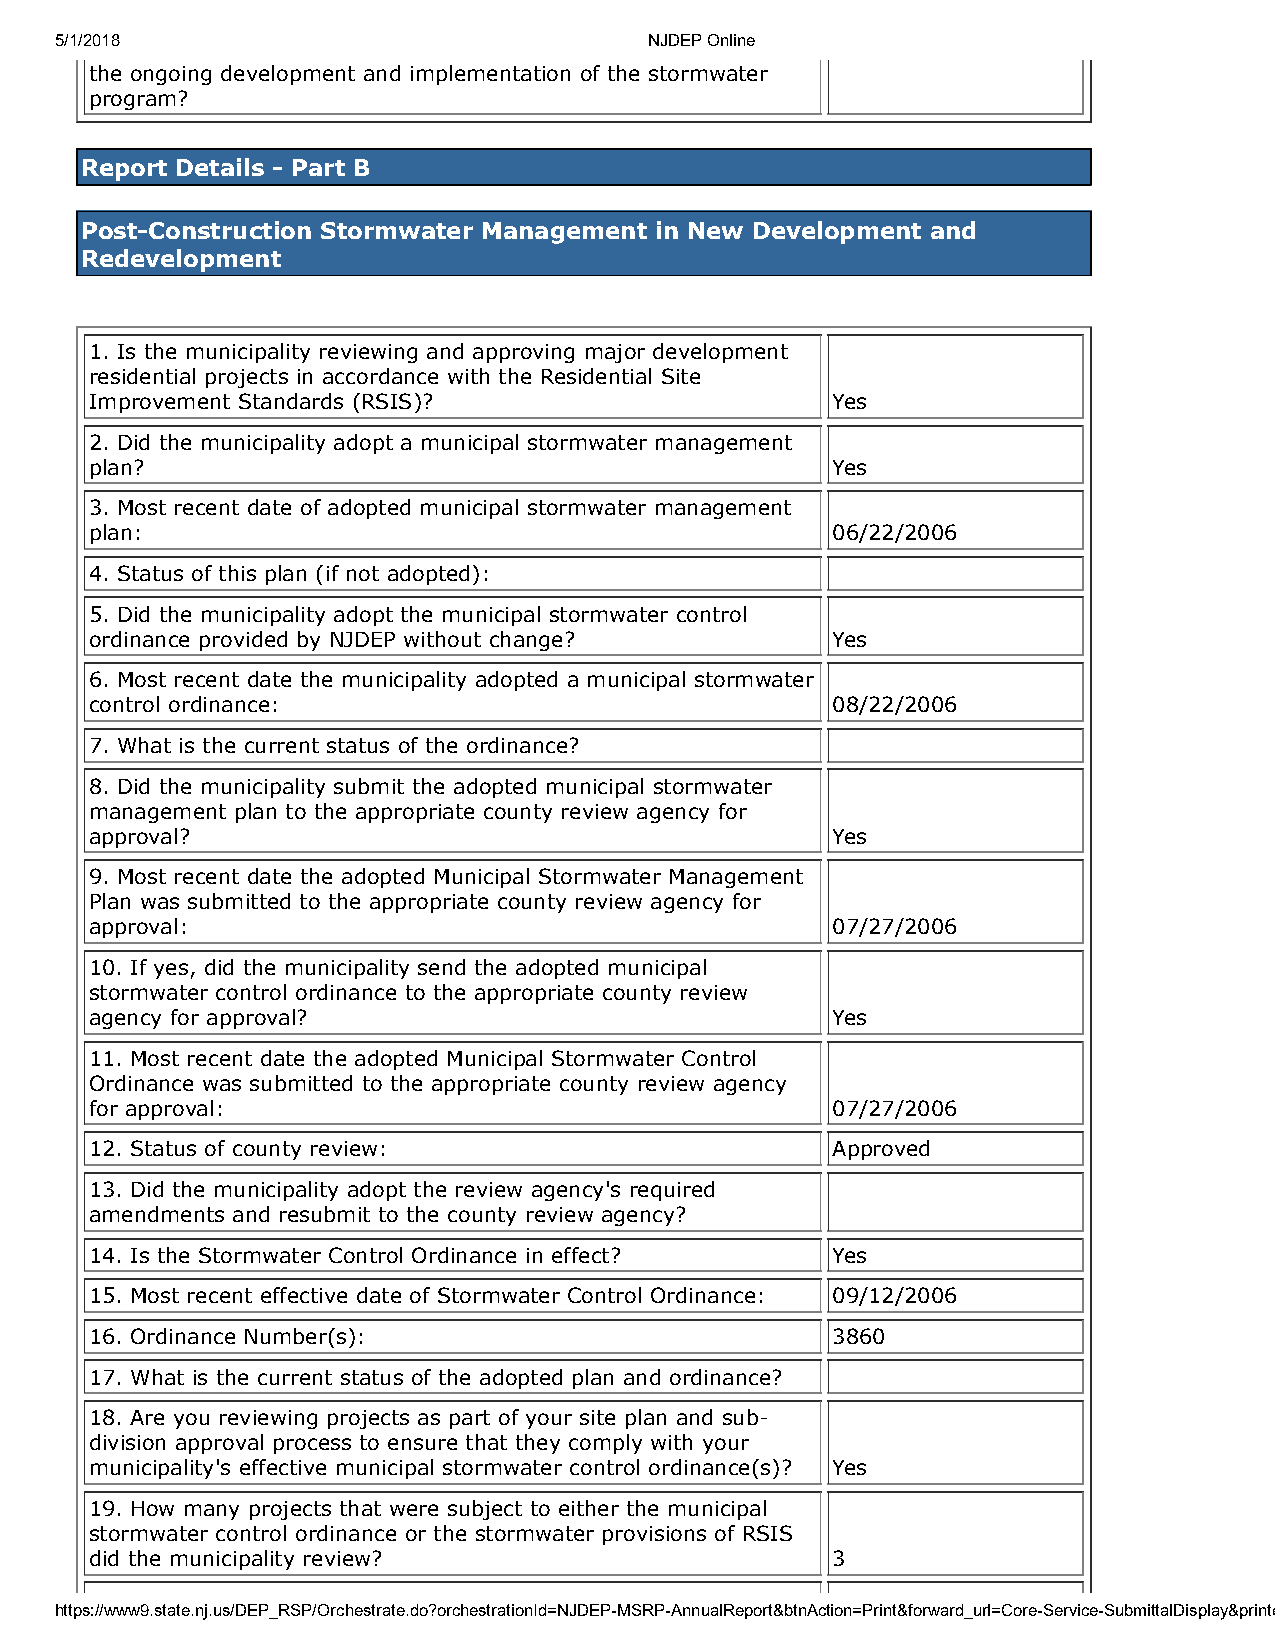
5/1/2018                               NJDEP Online
 the ongoing development and implementation of the stormwater
 program?
 Report Details - Part B
 Post-Construction Stormwater Management in New Development and
 Redevelopment
 1. Is the municipality reviewing and approving major development
 residential projects in accordance with the Residential Site
 Improvement Standards (RSIS)?                    Yes
 2. Did the municipality adopt a municipal stormwater management
 plan?                                            Yes
 3. Most recent date of adopted municipal stormwater management
 plan:                                            06/22/2006
 4. Status of this plan (if not adopted):
 5. Did the municipality adopt the municipal stormwater control
 ordinance provided by NJDEP without change?      Yes
 6. Most recent date the municipality adopted a municipal stormwater
 control ordinance:                               08/22/2006
 7. What is the current status of the ordinance?
 8. Did the municipality submit the adopted municipal stormwater
 management plan to the appropriate county review agency for
 approval?                                        Yes
 9. Most recent date the adopted Municipal Stormwater Management
 Plan was submitted to the appropriate county review agency for
 approval:                                        07/27/2006
 10. If yes, did the municipality send the adopted municipal
 stormwater control ordinance to the appropriate county review
 agency for approval?                             Yes
 11. Most recent date the adopted Municipal Stormwater Control
 Ordinance was submitted to the appropriate county review agency
 for approval:                                    07/27/2006
 12. Status of county review:                     Approved
 13. Did the municipality adopt the review agency's required
 amendments and resubmit to the county review agency?
 14. Is the Stormwater Control Ordinance in effect? Yes
 15. Most recent effective date of Stormwater Control Ordinance: 09/12/2006
 16. Ordinance Number(s):                         3860
 17. What is the current status of the adopted plan and ordinance?
 18. Are you reviewing projects as part of your site plan and sub-
 division approval process to ensure that they comply with your
 municipality's effective municipal stormwater control ordinance(s)? Yes
 19. How many projects that were subject to either the municipal
 stormwater control ordinance or the stormwater provisions of RSIS
 did the municipality review?                     3
 https://www9.state.nj.us/DEP_RSP/Orchestrate.do?orchestrationId=NJDEP-MSRP-AnnualReport&btnAction=Print&forward_url=Core-Service-SubmittalDisplay&printe